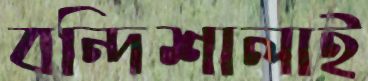
বন্দিশালাই